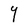
Character: Y